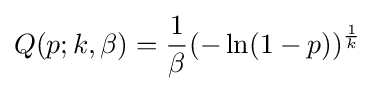
Q(p;k,\beta )={\frac {1}{\beta }}(-\ln(1-p))^{\frac {1}{k}}